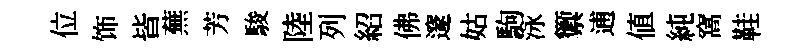
位饰皆蕪芳駿陸列紹佛邃姑駒泳籞逋値純窩鞋